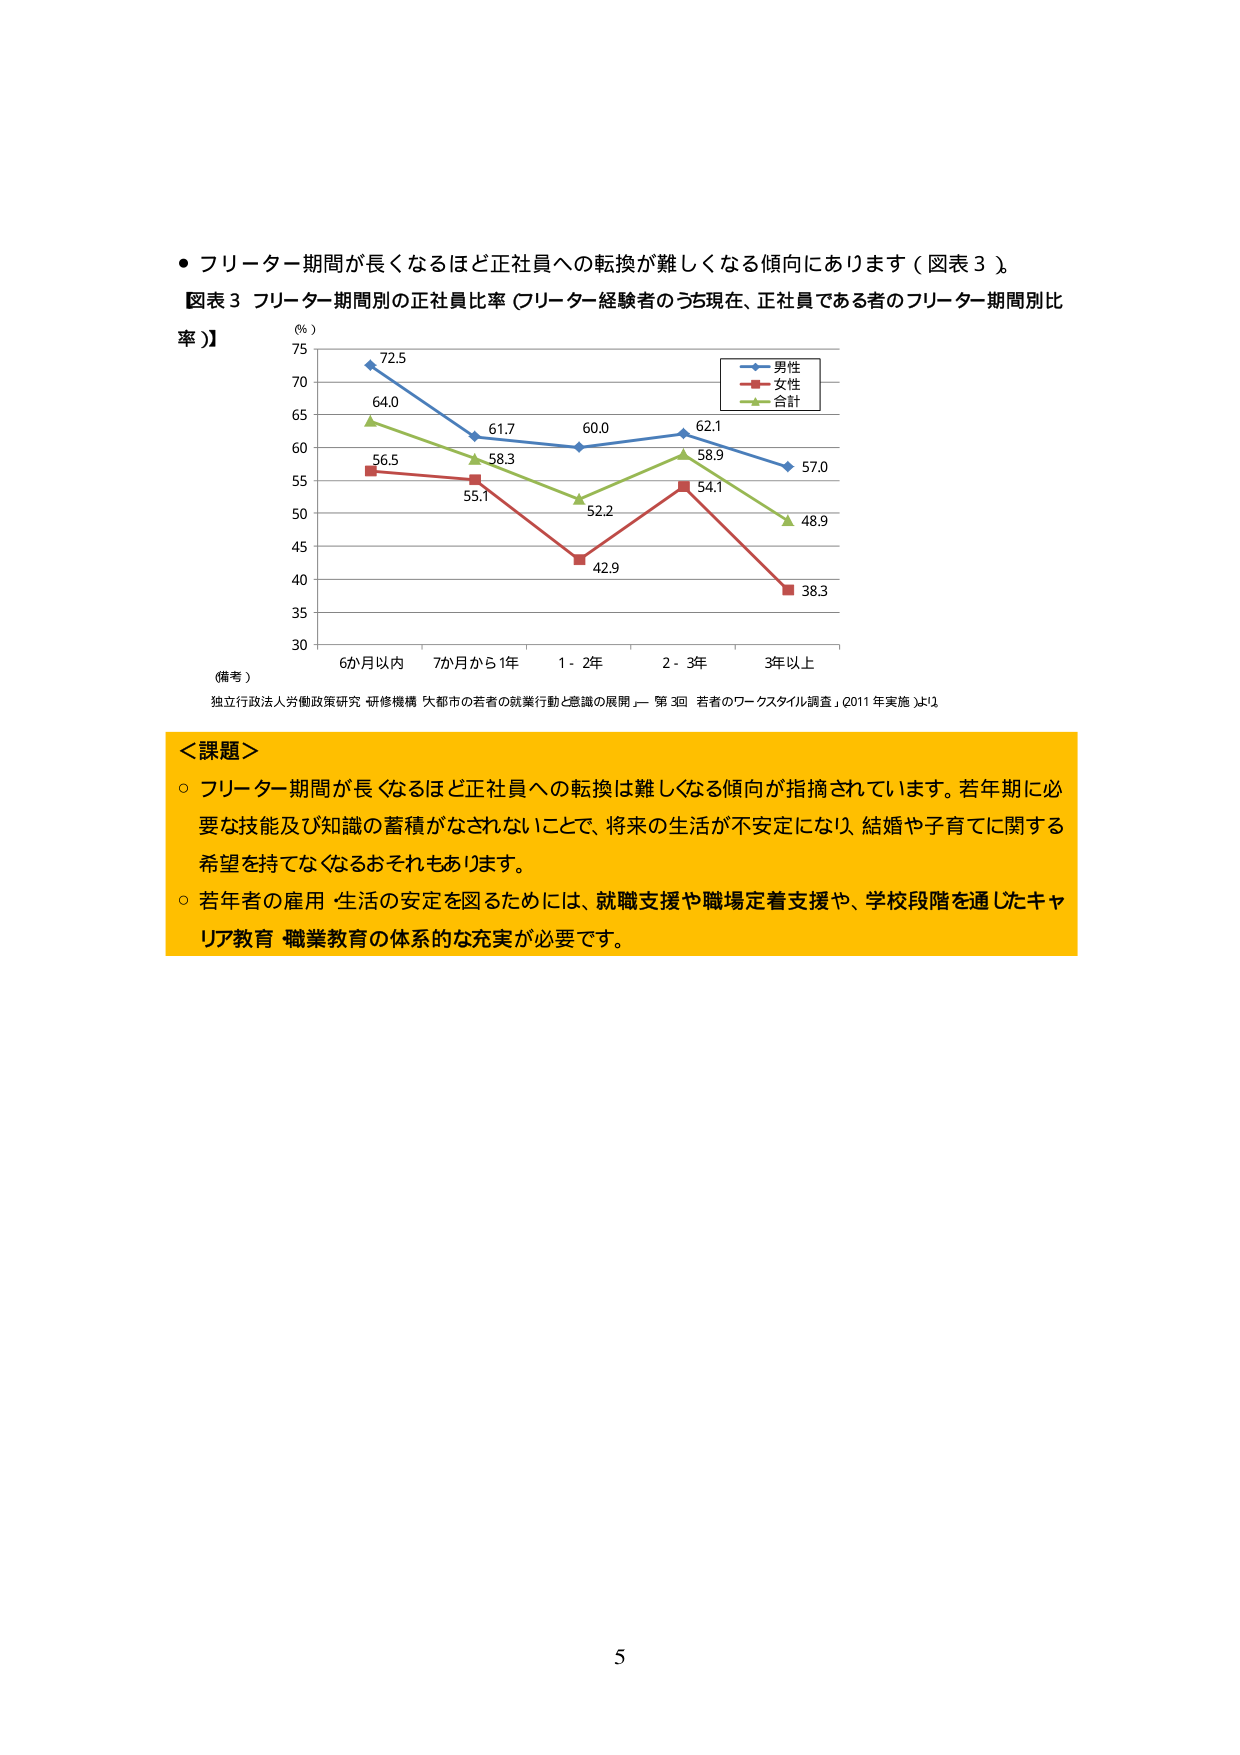
● フリーター期間が長くなるほど正社員への転換が難しくなる傾向にあります（図表３）。

図表３ フリーター期間別の正社員比率（フリーター経験者のうち現在、正社員である者のフリーター期間別比率）】

（％）
75
70
65
60
55
50
45
40
35
30

6か月以内　7か月から1年　1 - 2年　2 - 3年　3年以上

（備考）
独立行政法人労働政策研究・研修機構「大都市の若者の就業行動と意識の展開」－第3回「若者のワークスタイル調査」（2011年実施）より

＜課題＞
○ フリーター期間が長くなるほど正社員への転換は難しくなる傾向が指摘されています。若年期に必要な技能及び知識の蓄積がなされないこと、将来の生活が不安定になり、結婚や子育てに関する希望を持てなくなるおそれもあります。
○ 若年者の雇用・生活の安定を図るためには、就職支援や職場定着支援や、学校段階を通じたキャリア教育・職業教育の体系的な充実が必要です。

5